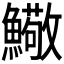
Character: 𩼃